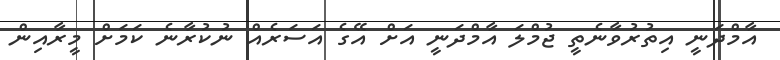
އާމްދަނީ އިތުރުވާނެތީ ޖުމްލަ އާމްދަނީ އަށް އޭގެ އަސަރެއް ނުކުރާނެ ކަމަށް މީރާއިން